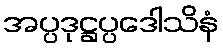
အပ္ပဒုဋ္ဌပ္ပဒေါသိနံ